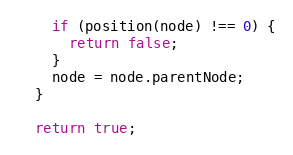
Language: JavaScript
    if (position(node) !== 0) {
      return false;
    }
    node = node.parentNode;
  }

  return true;